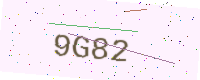
Text: 9G82